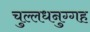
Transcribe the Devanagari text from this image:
चुल्लधनुग्गह